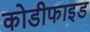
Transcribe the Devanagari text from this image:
कोडीफाइड